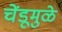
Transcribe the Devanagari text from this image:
चेंडूमुळे